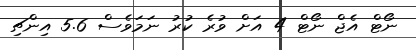
ނޯޓް އެޖް ނޯޓް 4 އަށް ވުރެ ކުރު ނަމަވެސް 5.6 އިންޗި